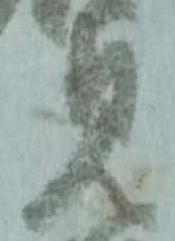
見